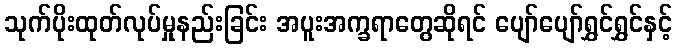
သုက်ပိုးထုတ်လုပ်မှုနည်းခြင်း အပူးအက္ခရာတွေဆိုရင် ပျော်ပျော်ရွှင်ရွှင်နှင့်